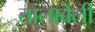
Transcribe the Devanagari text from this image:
तालाबेली